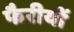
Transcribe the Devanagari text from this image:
फैरीयों